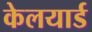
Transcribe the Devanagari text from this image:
केलयार्ड